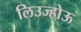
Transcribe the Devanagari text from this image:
लिउज्होऊ